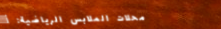
محلات الملابس الرياضية: أ